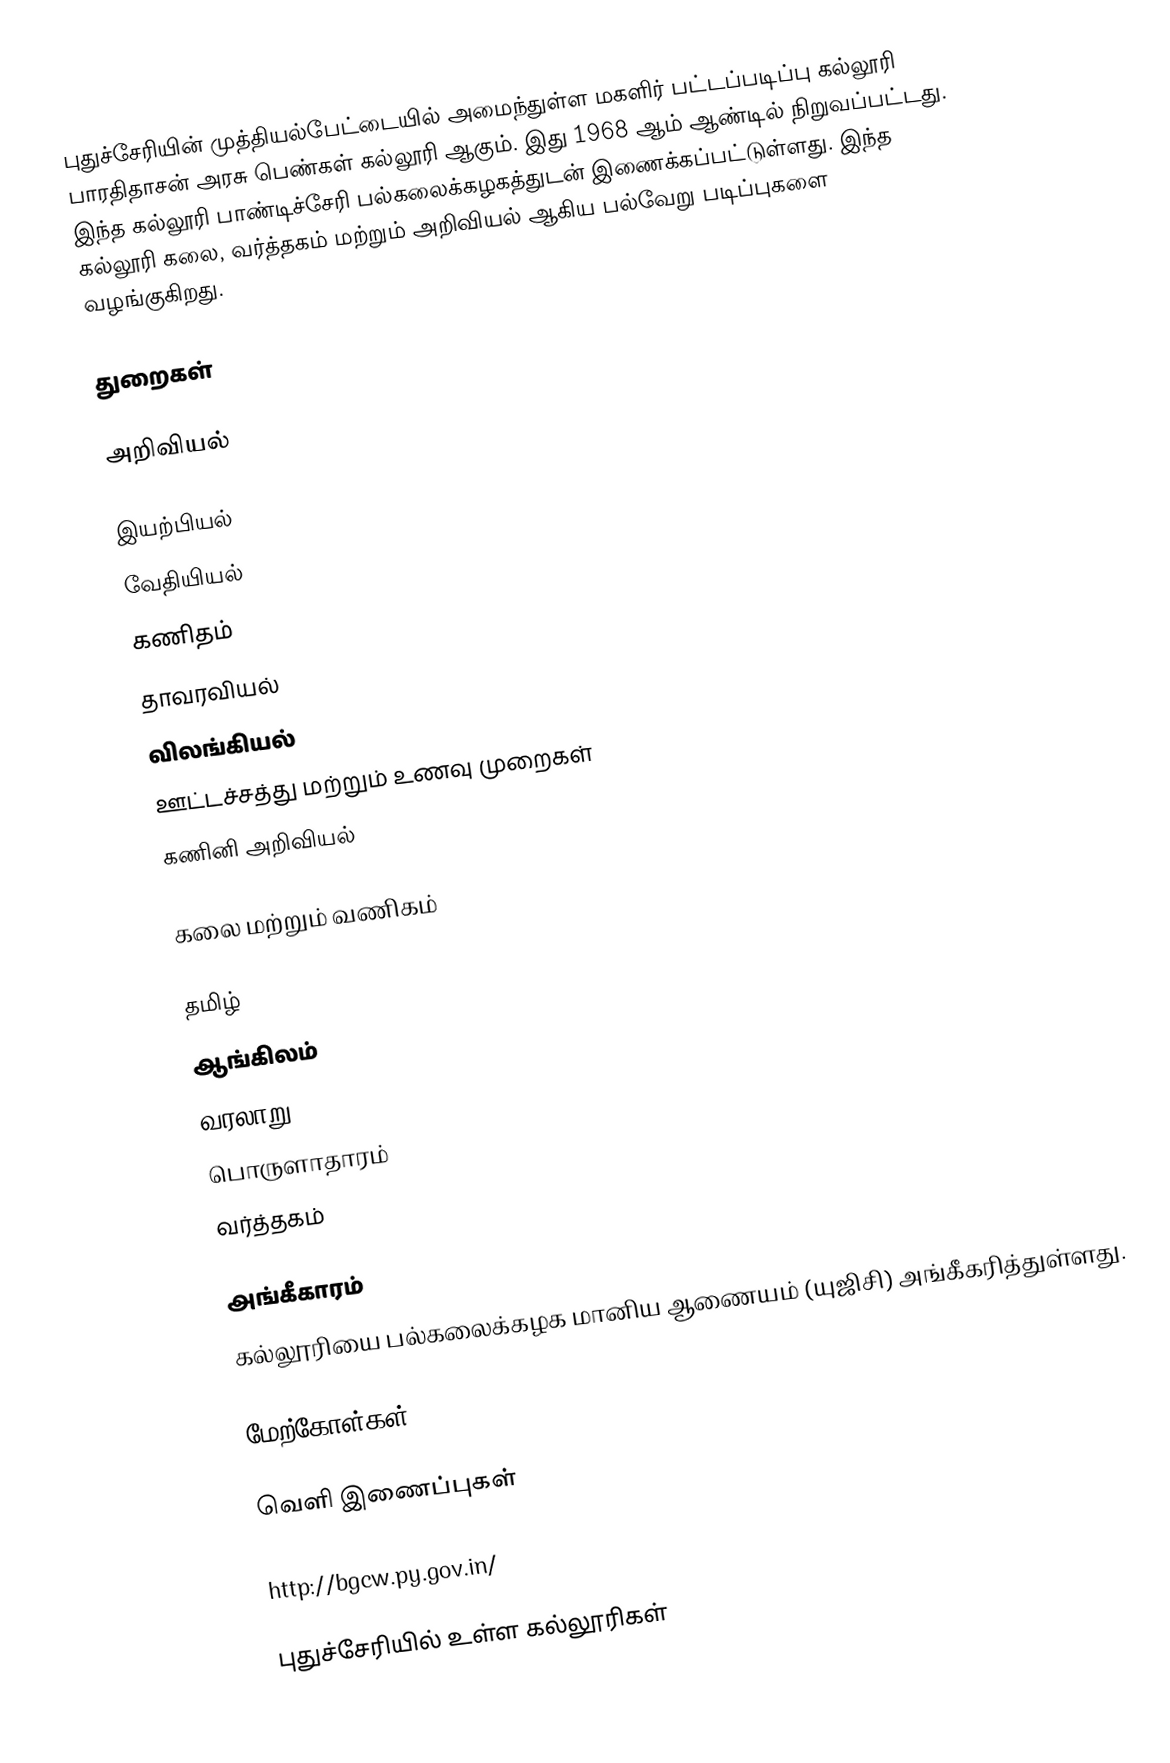
புதுச்சேரியின் முத்தியல்பேட்டையில் அமைந்துள்ள மகளிர் பட்டப்படிப்பு கல்லூரி பாரதிதாசன் அரசு பெண்கள் கல்லூரி ஆகும். இது 1968 ஆம் ஆண்டில் நிறுவப்பட்டது. இந்த கல்லூரி பாண்டிச்சேரி பல்கலைக்கழகத்துடன் இணைக்கப்பட்டுள்ளது. இந்த கல்லூரி கலை, வர்த்தகம் மற்றும் அறிவியல் ஆகிய பல்வேறு படிப்புகளை வழங்குகிறது.

துறைகள்

அறிவியல்

 இயற்பியல்
 வேதியியல்
 கணிதம்
 தாவரவியல்
 விலங்கியல்
 ஊட்டச்சத்து மற்றும் உணவு முறைகள்
 கணினி அறிவியல்

கலை மற்றும் வணிகம்

 தமிழ்
 ஆங்கிலம்
 வரலாறு
 பொருளாதாரம்
 வர்த்தகம்

அங்கீகாரம்
கல்லூரியை பல்கலைக்கழக மானிய ஆணையம் (யுஜிசி) அங்கீகரித்துள்ளது.

மேற்கோள்கள்

வெளி இணைப்புகள்

 http://bgcw.py.gov.in/

புதுச்சேரியில் உள்ள கல்லூரிகள்